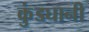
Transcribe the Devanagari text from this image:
कुंडघानी